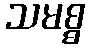
သမစ္စ